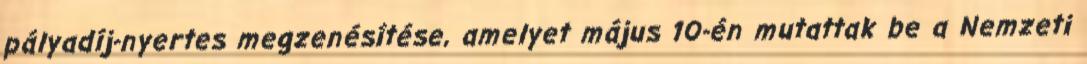
pályadíj-nyertes megzenésítése, amelyet május 10-én mutattak be a Nemzeti